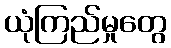
ယုံကြည်မှုတွေ